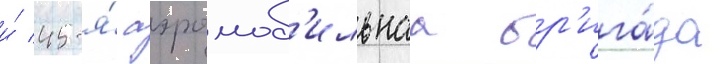
и́ 45-я́ аэромоб'ильнаа бр'ига́да